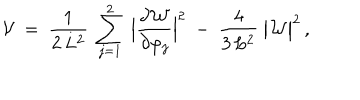
{ \cal V } ~ = ~ { \frac { 1 } { 2 \, L ^ { 2 } } } ~ \sum _ { j = 1 } ^ { 2 } ~ \Big | { \frac { \partial { \cal W } } { \partial \varphi _ { j } } } \Big | ^ { 2 } ~ - ~ { \frac { 4 } { 3 \, L ^ { 2 } } } ~ \big | { \cal W } \big | ^ { 2 } \, ,